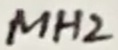
Text: MH2